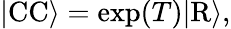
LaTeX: \begin{array}{r}{\vert\mathrm{CC}\rangle=\exp(T)\vert\mathrm{R}\rangle,}\end{array}